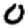
Digit: 0